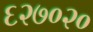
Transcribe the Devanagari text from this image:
६२७०२०